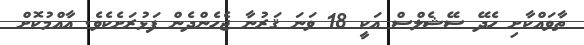
ތާވައްކާށި ހެދޭ ސޭޝެލްސް އަކީ 18 ވަނަ ޤަރުނާ ޖެހެންދެން ފަޅުރަށެކެވެ. އާއްމުކޮށް